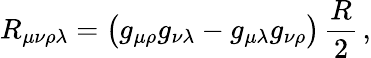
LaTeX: R_{\mu\nu\rho\lambda}=\bigl(g_{\mu\rho}g_{\nu\lambda}-g_{\mu\lambda}g_{\nu\rho}\bigr)\, \frac{R}{2}\, ,